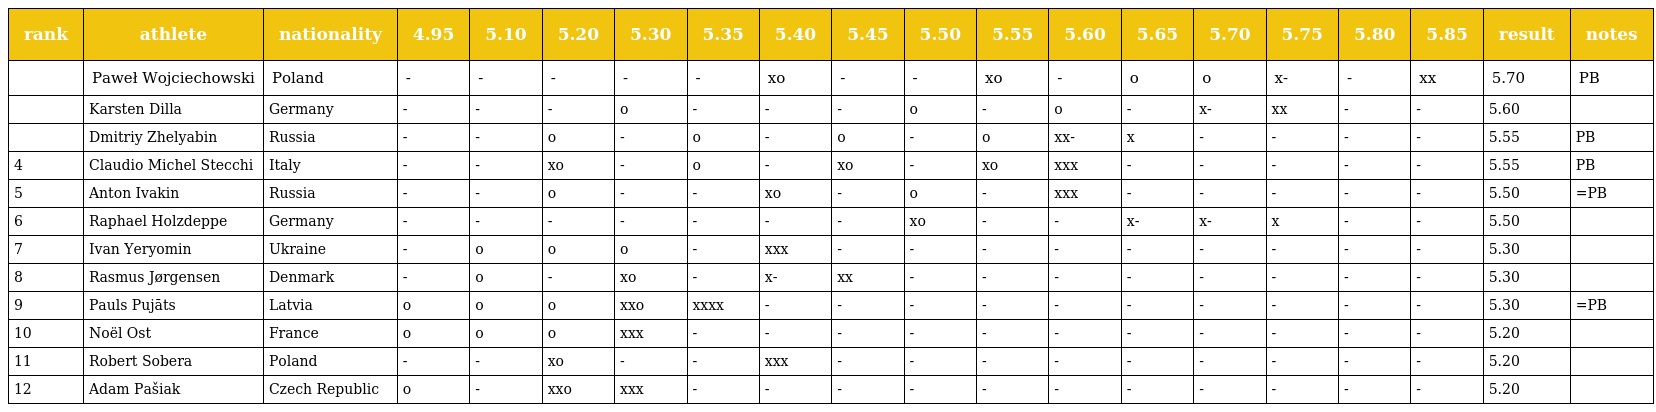
| rank | athlete | nationality | 4.95 | 5.10 | 5.20 | 5.30 | 5.35 | 5.40 | 5.45 | 5.50 | 5.55 | 5.60 | 5.65 | 5.70 | 5.75 | 5.80 | 5.85 | result | notes |
 | --- | --- | --- | --- | --- | --- | --- | --- | --- | --- | --- | --- | --- | --- | --- | --- | --- | --- | --- | --- |
 |  | Paweł Wojciechowski | Poland | - | - | - | - | - | xo | - | - | xo | - | o | o | x- | - | xx | 5.70 | PB |
 |  | Karsten Dilla | Germany | - | - | - | o | - | - | - | o | - | o | - | x- | xx | - | - | 5.60 |  |
 |  | Dmitriy Zhelyabin | Russia | - | - | o | - | o | - | o | - | o | xx- | x | - | - | - | - | 5.55 | PB |
 | 4 | Claudio Michel Stecchi | Italy | - | - | xo | - | o | - | xo | - | xo | xxx | - | - | - | - | - | 5.55 | PB |
 | 5 | Anton Ivakin | Russia | - | - | o | - | - | xo | - | o | - | xxx | - | - | - | - | - | 5.50 | =PB |
 | 6 | Raphael Holzdeppe | Germany | - | - | - | - | - | - | - | xo | - | - | x- | x- | x | - | - | 5.50 |  |
 | 7 | Ivan Yeryomin | Ukraine | - | o | o | o | - | xxx | - | - | - | - | - | - | - | - | - | 5.30 |  |
 | 8 | Rasmus Jørgensen | Denmark | - | o | - | xo | - | x- | xx | - | - | - | - | - | - | - | - | 5.30 |  |
 | 9 | Pauls Pujāts | Latvia | o | o | o | xxo | xxxx | - | - | - | - | - | - | - | - | - | - | 5.30 | =PB |
 | 10 | Noël Ost | France | o | o | o | xxx | - | - | - | - | - | - | - | - | - | - | - | 5.20 |  |
 | 11 | Robert Sobera | Poland | - | - | xo | - | - | xxx | - | - | - | - | - | - | - | - | - | 5.20 |  |
 | 12 | Adam Pašiak | Czech Republic | o | - | xxo | xxx | - | - | - | - | - | - | - | - | - | - | - | 5.20 |  |